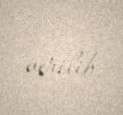
verilib.